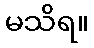
မသိရ။